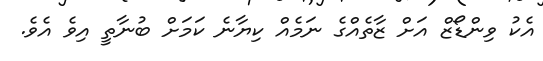
އެކު ވިންޑޯޒް އަށް ޒާތެއްގެ ނަމެއް ކިޔާނެ ކަމަށް ބުނާތީ އިވެ އެވެ.